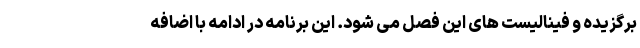
برگزیده و فینالیست های این فصل می شود. این برنامه در ادامه با اضافه